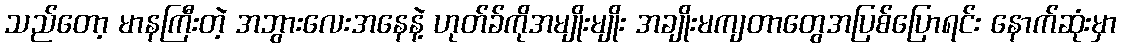
သည်တော့ မာနကြီးတဲ့ အဘွားလေးအနေနဲ့ ဟုတ်ခ်ကိုအမျိုးမျိုး အချိုးမကျတာတွေအပြစ်ပြောရင်း နောက်ဆုံးမှာ